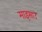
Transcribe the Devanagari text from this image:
माइसाउ